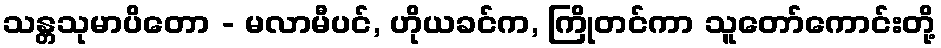
သန္တသုမာပိတော - မလာမီပင်, ဟိုယခင်က, ကြိုတင်ကာ သူတော်ကောင်းတို့